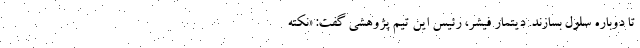
تا دوباره سلول بسازند. دیتمار فیشر، رئیس این تیم پژوهشی گفت: «نکته